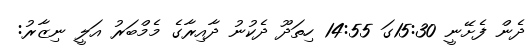
ދެން ފެށޭނީ 15:30ގަ 14:55 ހިތަދޫ ދެކުނު ދާއިރާގެ މެމްބަރު އަލީ ނިޒާރު: